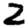
Digit: 2